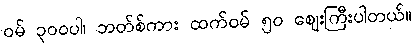
ဝမ် ၃၀၀ပါ၊ ဘတ်စ်ကား ထက်ဝမ် ၅၀ ဈေးကြီးပါတယ်။